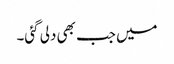
میں جب بھی دلی گئی۔